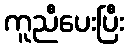
ကူညီပေးပြီး